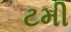
ટમી